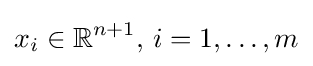
x_{i}\in \mathbb {R} ^{n+1},\,i=1,\ldots ,m